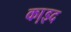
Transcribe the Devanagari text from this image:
का़इद